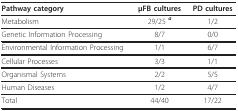
<table><thead><tr><td><b>Pathway category</b></td><td><b>μFB cultures</b></td><td><b>PD cultures</b></td></tr></thead><tbody><tr><td>Metabolism</td><td>29/25 <b><i><sup>a</sup></i></b></td><td>1/2</td></tr><tr><td>Genetic Information Processing</td><td>8/7</td><td>0/0</td></tr><tr><td>Environmental Information Processing</td><td>1/1</td><td>6/7</td></tr><tr><td>Cellular Processes</td><td>3/3</td><td>1/1</td></tr><tr><td>Organismal Systems</td><td>2/2</td><td>5/5</td></tr><tr><td>Human Diseases</td><td>1/2</td><td>4/7</td></tr><tr><td>Total</td><td>44/40</td><td>17/22</td></tr></tbody></table>